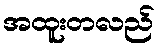
အထူးတလည်